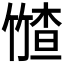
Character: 𮅤